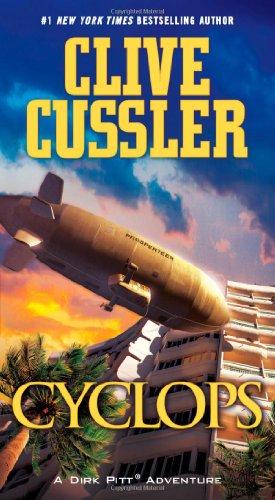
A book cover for Cyclops (Dirk Pitt Adventures); Clive Cussler; Mystery, Thriller & Suspense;